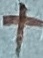
Text: +